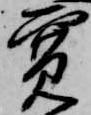
寛